EAOK_Sinod, lk 43
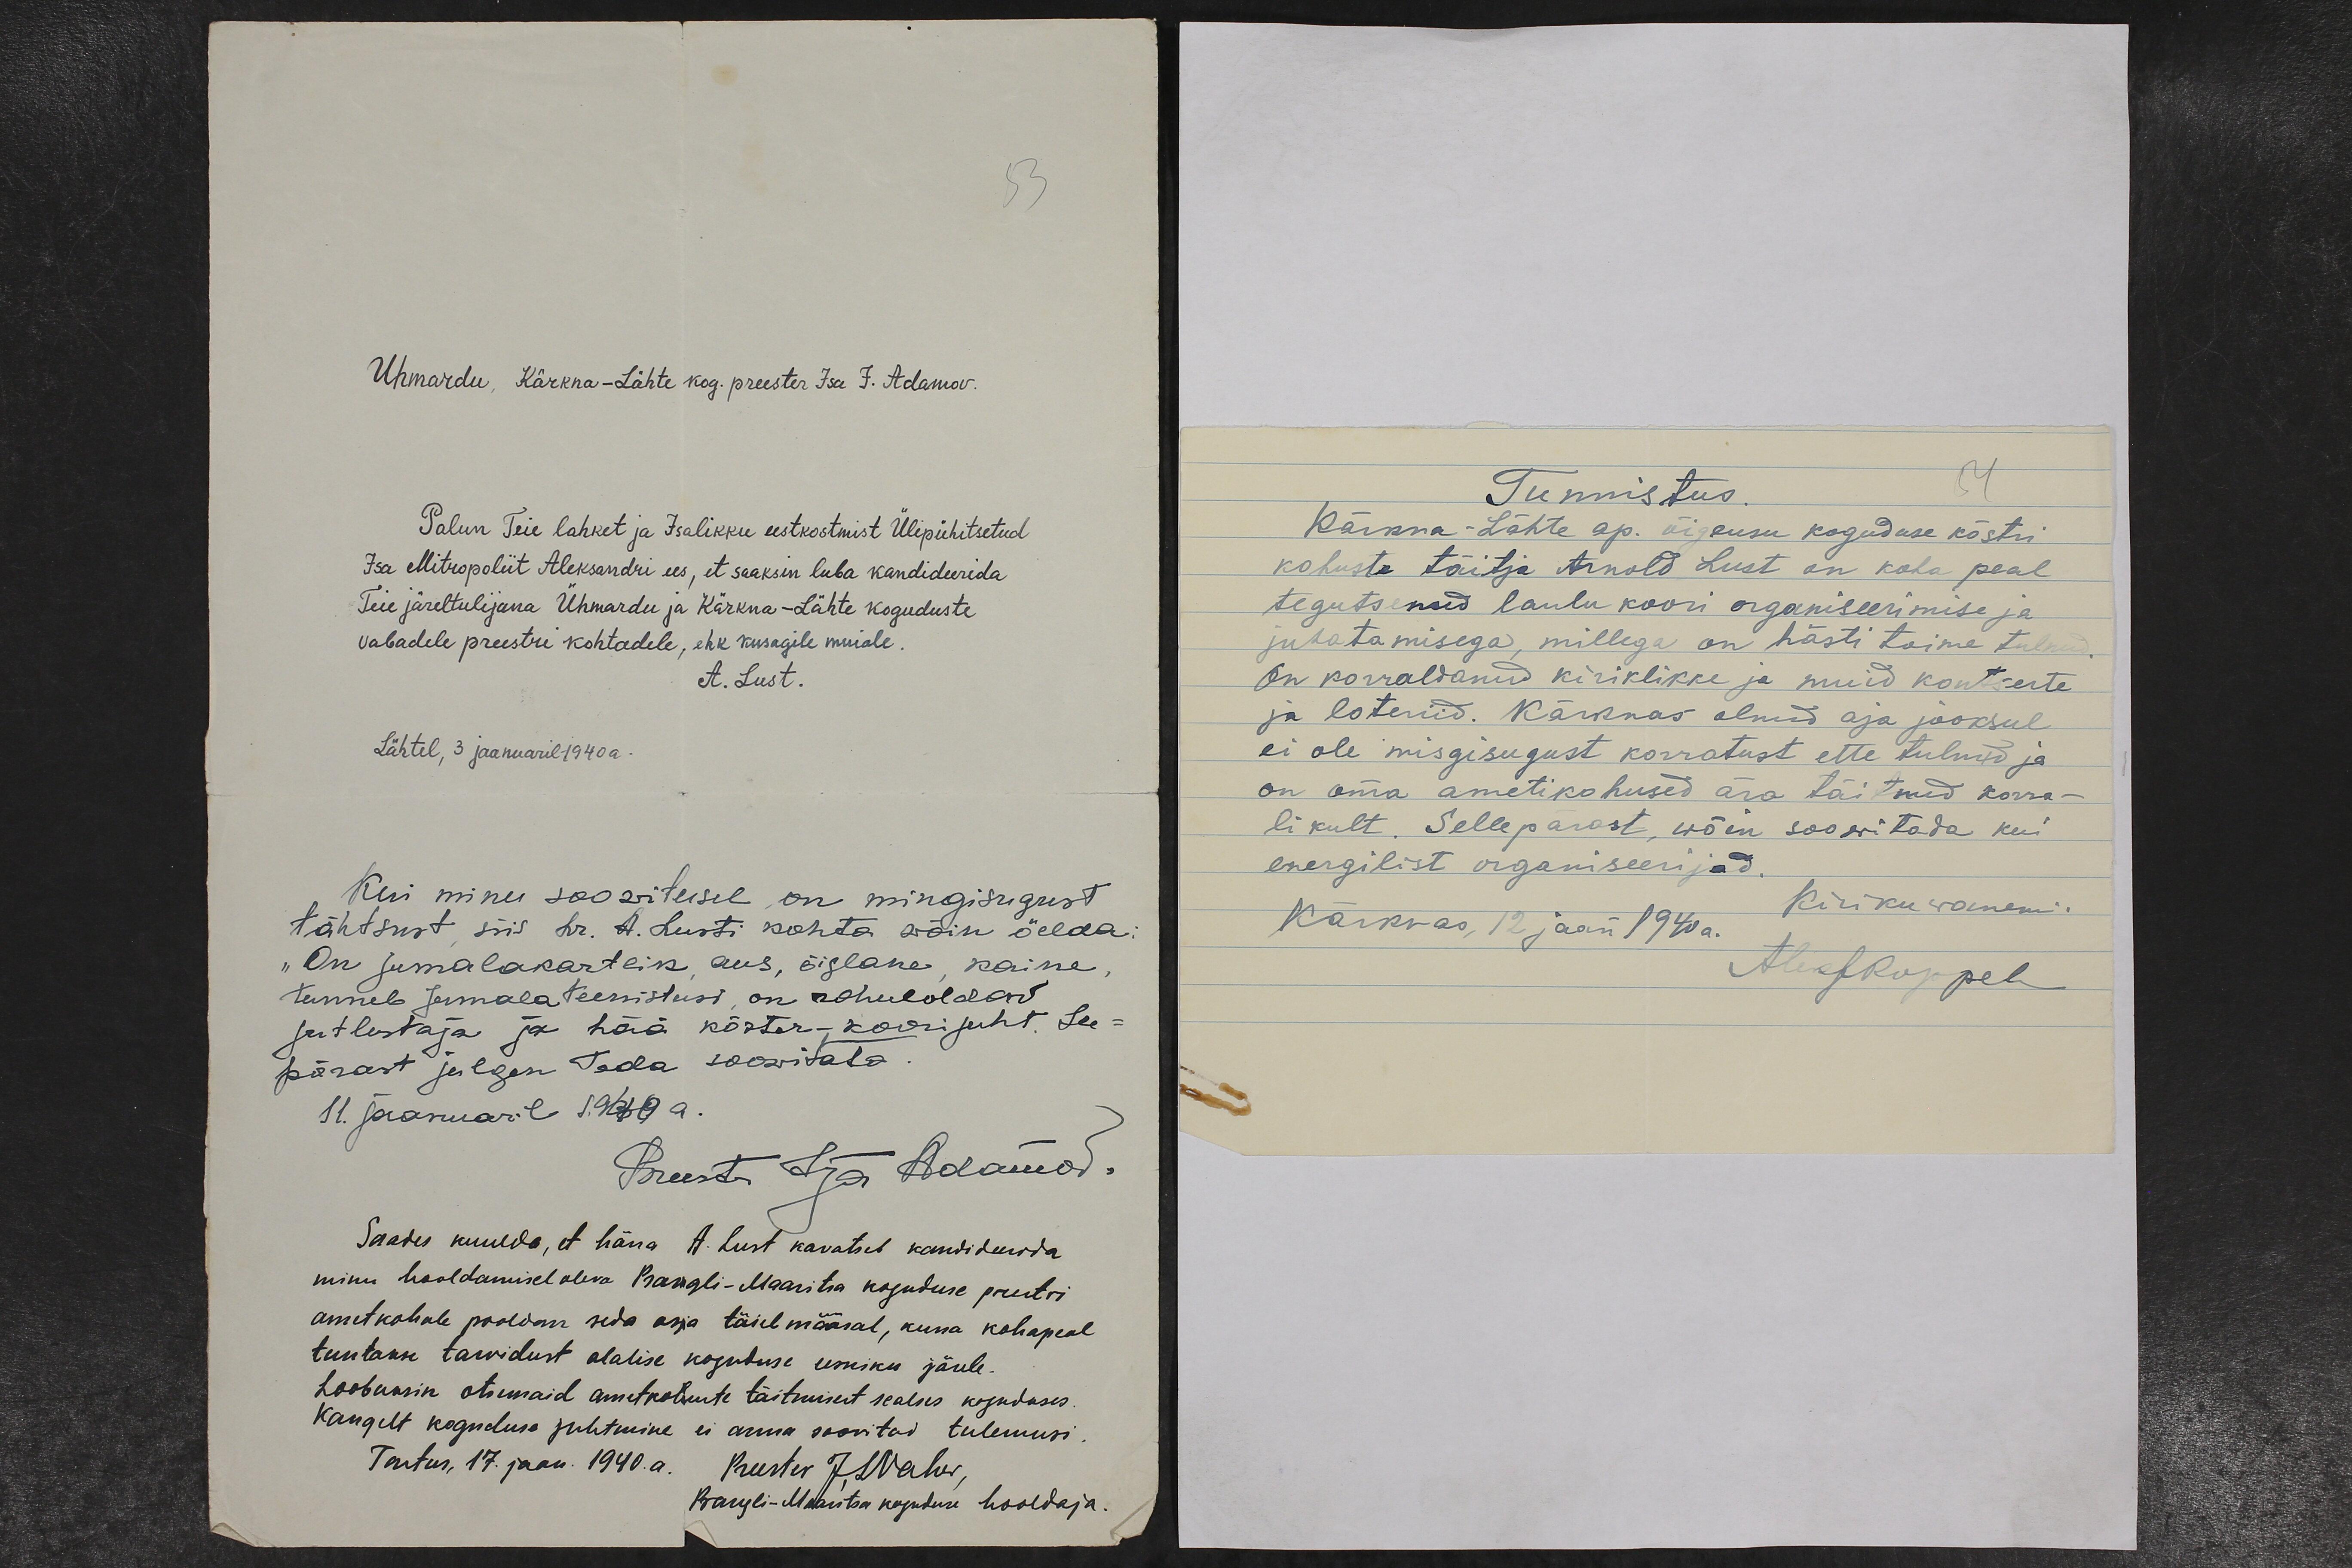
Uhmardu, Kärkna-Lähte kog. preester Isa J. Adamov.
Palun Teie lahket ja Isalikku eestkostmist Ülipühitsetud
Isa Mitropoliit Aleksandri ees, et saaksin luba kandideerida
Teie järeltulijana Ühmardu ja Kärkna-Lähte koguduste
vabadele preestri kohtadele, ehk kusagile muiale.
A. Lust.
Lähtel, 3 jaanuaril 1940 a.
Kui minu soowitusel on mingisugust
tähtsust, siis hr. A. Lusti kohta wõin öelda:
"On jumalakartlik aus, õiglane, kaine,
tunneb Jumala teenistusi, on rahuldav
jutlustaja ja hää köster-koorijuht. See-
pärast julgen teda soowitata.
11. jaanuaril 1940 a.
Preester Ilja Adamov.
Saades kuulda, et härra A. Lust kavatseb kandideerida
minu hooldamisel oleva Prangli-Maaritsa koguduse preestri
ametkohale pooldan seda asja täiel määral, kuna kohapeal
tuntakse tarvidust alalise koguduse eesniku järele.
Loobuksin otsemaid ametkohuste täitmisest sealses koguduses.
Kaugelt koguduse juhtmine ei anna soovitud tulemusi.
Tartus, 17. jaan. 1940. a. Preester J. Vaher,
Prangli-Maaritsa koguduse hooldaja.

Tunnistus.
Kärkna-Lähte ap. õigeusu koguduse köstri
kohuste täitja Arnold Lust on koha peal
tegutsenud laulu koori organiseerimise ja
juhatamisega, millega on hästi toime tulnud.
On korraldanud kiriklikke ja muid kontserte
ja loteriid. Kärknas olnud aja jooksul
ei ole misgisugust korratust ette tulnud ja
on oma ametikohused ära täitnud korra-
likult. Sellepärast, wõin soowitada kui
energilist organiseerijad.
Kärknas, 12 jaan 1940 a.
Kirikuwanem.
Aleks Koppel